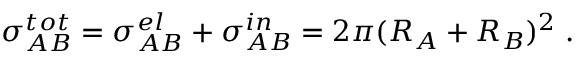
\sigma _ { A B } ^ { t o t } = \sigma _ { A B } ^ { e l } + \sigma _ { A B } ^ { i n } = 2 \pi ( R _ { A } + R _ { B } ) ^ { 2 } \; .